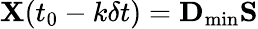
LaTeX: {\mathbf X}(t_{0}-k\delta t)={\mathbf D}_{\mathrm{min}}{\mathbf S}